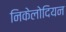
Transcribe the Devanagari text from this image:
निकेलोदियन